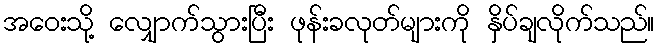
အဝေးသို့ လျှောက်သွားပြီး ဖုန်းခလုတ်များကို နှိပ်ချလိုက်သည်။